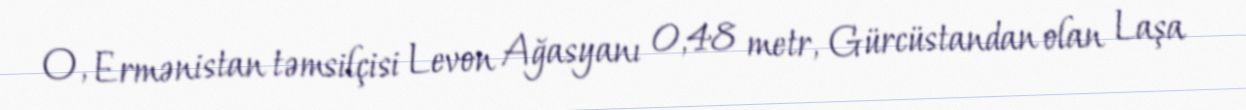
O, Ermənistan təmsilçisi Levon Ağasyanı 0,48 metr, Gürcüstandan olan Laşa